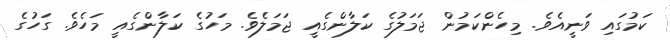
ކަމުގައި ވަނީއެވެ. މިހެންކަމުން ޖަމަލުގެ ކަލާންގެއީ ޖަމަލެވެ. މަހުގެ ކަލާންގެއީ މަހެވެ. ގަހުގެ